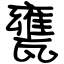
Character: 甕